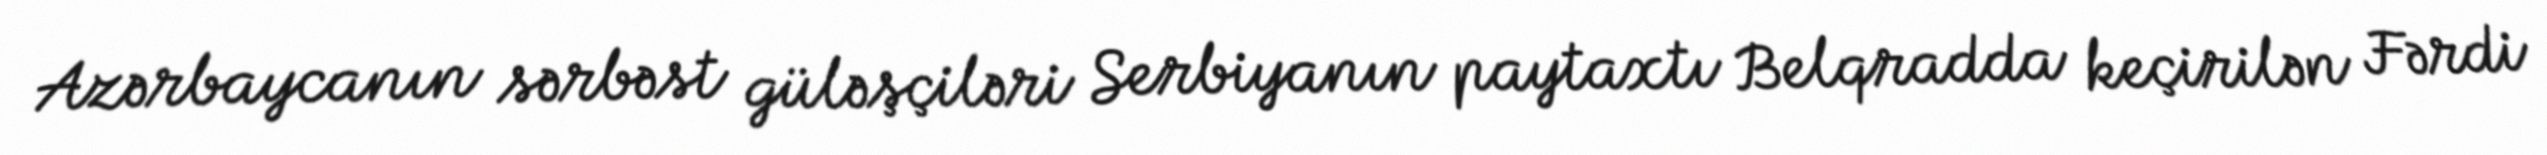
Azərbaycanın sərbəst güləşçiləri Serbiyanın paytaxtı Belqradda keçirilən Fərdi